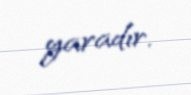
yaradır.